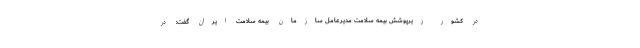
در کشور زیرپوشش بیمه سلامت مدیرعامل سازمان بیمه سلامت ایران گفت: در